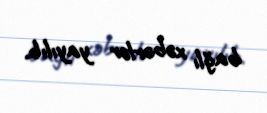
bağlı xəbərlər yayılıb.